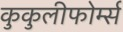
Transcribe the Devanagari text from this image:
कुकुलीफोर्म्स